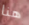
هنا